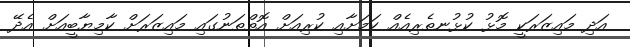
އަދި މައިޒަރަކީ މޮޅު ކުޅުނތެރިއެއް ކަމަށާއި ކުރިއަށް އޮތްތަނުގައި މައިޒަރަށް ކާމިޔާބީއަށް އެދޭ